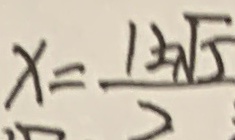
x = \frac { 1 2 \sqrt { 5 } } { 2 }